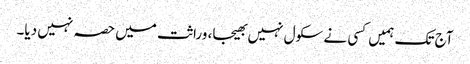
آج تک ہمیں کسی نے سکول نہیں بھیجا، وراثت میں حصہ نہیں دیا۔